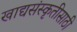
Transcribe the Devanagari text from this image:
खाद्यसंस्कृतीसाठी